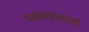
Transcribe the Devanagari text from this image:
नमकहलाली